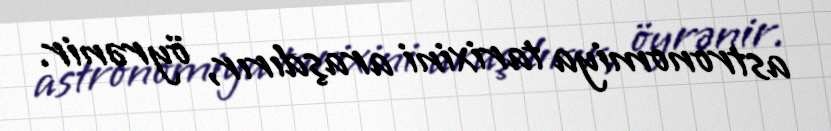
astronomiya tarixini araşdırır, öyrənir.